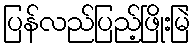
ပြန်လည်ပြည့်ဖြိုးမြဲ